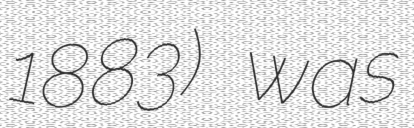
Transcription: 1883) was